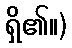
ရှိ၏။)